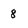
Character: 8